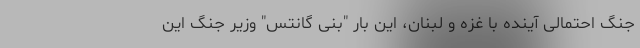
جنگ احتمالی آینده با غزه و لبنان، این بار "بنی گانتس" وزیر جنگ این